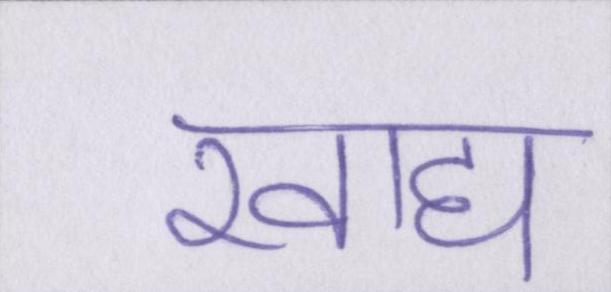
खाद्य